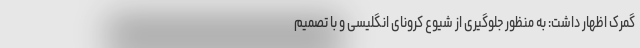
گمرک اظهار داشت: به منظور جلوگیری از شیوع کرونای انگلیسی و با تصمیم